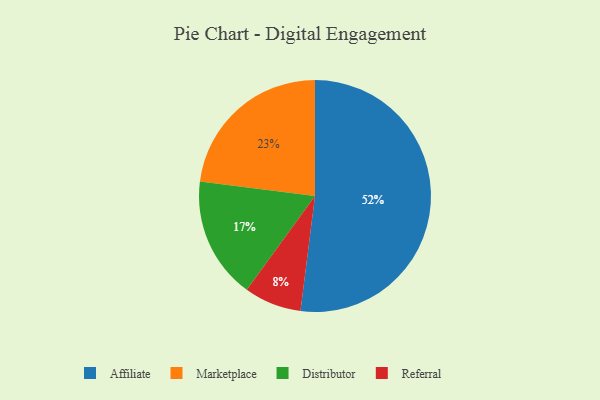
{"axis": {"x": "Category", "y": "Percentage"}, "legend": ["Affiliate", "Distributor", "Marketplace", "Referral"], "data": [{"x": "Referral", "y": 8, "type": "Referral"}, {"x": "Affiliate", "y": 52, "type": "Affiliate"}, {"x": "Marketplace", "y": 23, "type": "Marketplace"}, {"x": "Distributor", "y": 17, "type": "Distributor"}]}